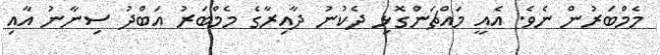
މެމްބަރުން ނެވެ. އެއީ މައްޗަންގޮޅި ދެކުނު ދާއިރާގެ މެމްބަރު އަބްދު ސިނާނު އާއި